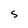
Character: S